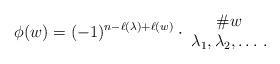
LaTeX: \begin{align*} \phi(w) = (-1)^{n-\ell(\lambda)+\ell(w)} \cdot \ \begin{matrix} \# w \\ \lambda_1, \lambda_2, \dotsc . \end{matrix}\end{align*}